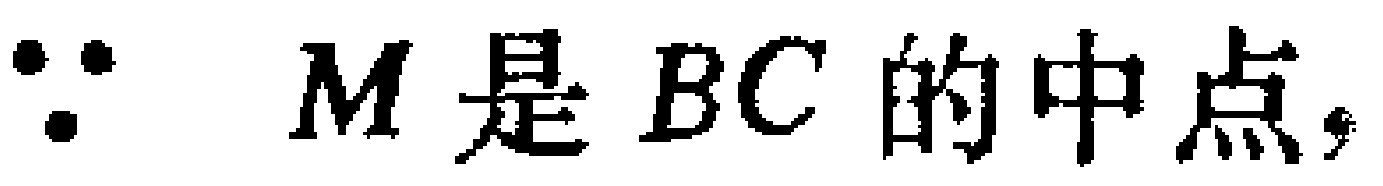
$\because\ M是BC的中点,$